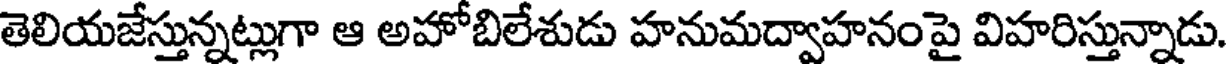
తెలియజేస్తున్నట్లుగా ఆ అహోబిలేశుడు హనుమద్వాహనంపై విహరిస్తున్నాడు.